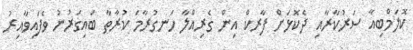
ކޮލަމްބިއާ ސަރުކާރާއި ދެކޮޅަށް ފާރކް އިން ގެރިއްލާ ހަނގުރާމަ ކުރާތާ ބައިގަރުނު ވެފައިވާއިރު